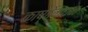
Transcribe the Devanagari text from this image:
काष्ठेन्धन